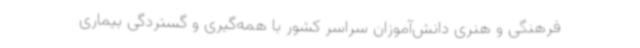
فرهنگی و هنری دانش‌آموزان سراسر کشور با همه‌گیری و گستردگی بیماری